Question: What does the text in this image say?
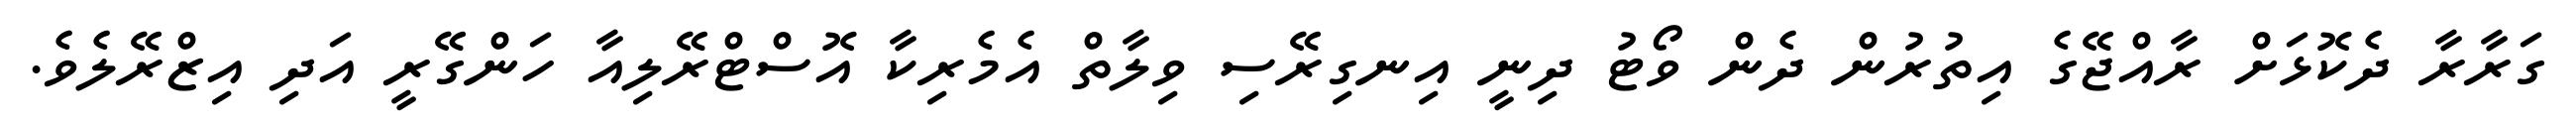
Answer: ގަރާރާ ދެކޮޅަށް ރާއްޖޭގެ އިތުރުން ދެން ވޯޓު ދިނީ އިނގިރޭސި ވިލާތް އެމެރިކާ އޮސްޓްރޭލިއާ ހަންގޭރީ އަދި އިޒްރޭލެވެ.